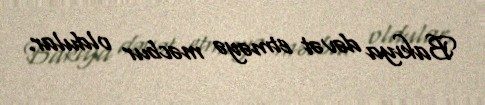
Bakıya dəvət etməyə məcbur oldular.